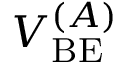
V _ { \mathrm { B E } } ^ { ( A ) }